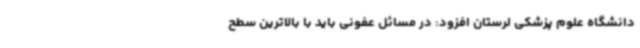
دانشگاه علوم پزشکی لرستان افزود: در مسائل عفونی باید با بالاترین سطح